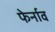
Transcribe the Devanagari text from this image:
फेर्नाव